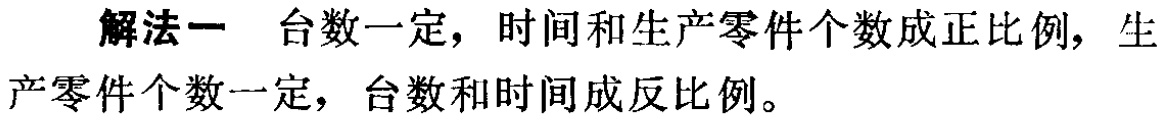
解法一 台数一定，时间和生产零件个数成正比例，生

产零件个数一定，台数和时间成反比例。